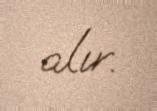
alır.